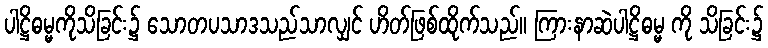
ပါဋ္ဌိဓမ္မကိုသိခြင်း၌ သောတပသာဒသည်သာလျှင် ဟိတ်ဖြစ်ထိုက်သည်။ ကြားနာဆဲပါဋ္ဌိဓမ္မ ကို သိခြင်း၌